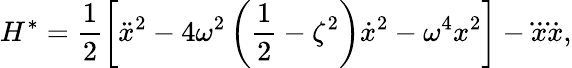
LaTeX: H^{*}=\frac{1}{2}\left[\ddot{x}^{2}-4\omega^{2}\left(\frac{1}{2}-\zeta^{2}\right)\dot{x}^{2}-\omega^{4}x^{2}\right]-\dddot{x}\dot{x},